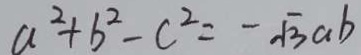
a ^ { 2 } + b ^ { 2 } - c ^ { 2 } = - \sqrt { 3 } a b